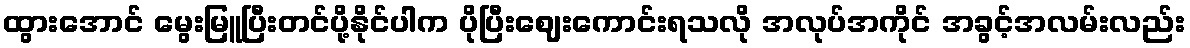
ထွားအောင် မွေးမြူပြီးတင်ပို့နိုင်ပါက ပိုပြီးဈေးကောင်းရသလို အလုပ်အကိုင် အခွင့်အလမ်းလည်း